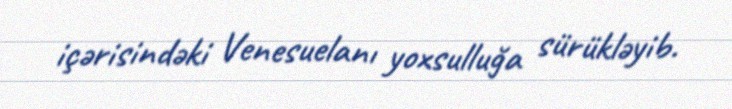
içərisindəki Venesuelanı yoxsulluğa sürükləyib.